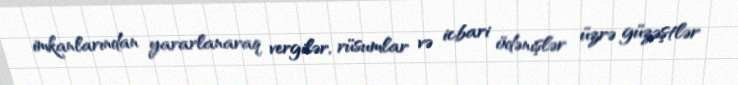
imkanlarından yararlanaraq vergilər, rüsumlar və icbari ödənişlər üzrə güzəştlər